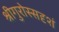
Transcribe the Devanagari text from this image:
श्रीगुरोस्सदृशं